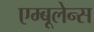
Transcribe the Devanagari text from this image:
एम्बूलेन्स